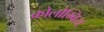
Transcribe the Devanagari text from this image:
कोलोम्बिय